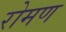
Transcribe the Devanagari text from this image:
रोमण